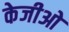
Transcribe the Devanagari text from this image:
केजीओ